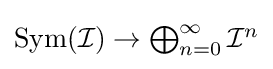
{\textstyle \operatorname {Sym} ({\mathcal {I}})\to \bigoplus _{n=0}^{\infty }{\mathcal {I}}^{n}}